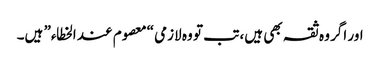
اور اگر وہ ثقہ بھی ہیں، تب تو وہ لازمی “معصوم عند الخطاء” ہیں۔